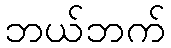
ဘယ်ဘက်